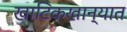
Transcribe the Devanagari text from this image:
खाटिकखान्यात